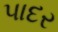
પાદર